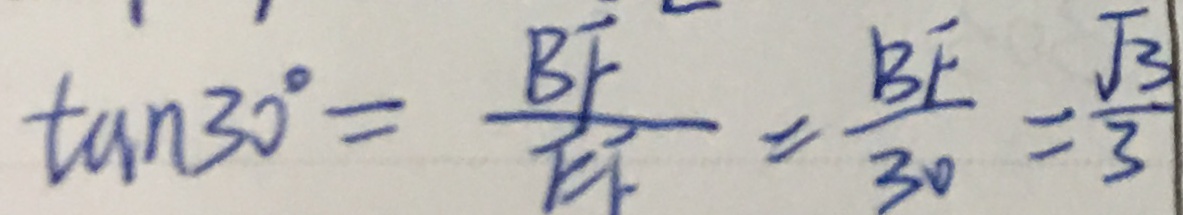
\tan 3 0 ^ { \circ } = \frac { B F } { E F } = \frac { B F } { 3 0 } = \frac { \sqrt { 3 } } { 3 }